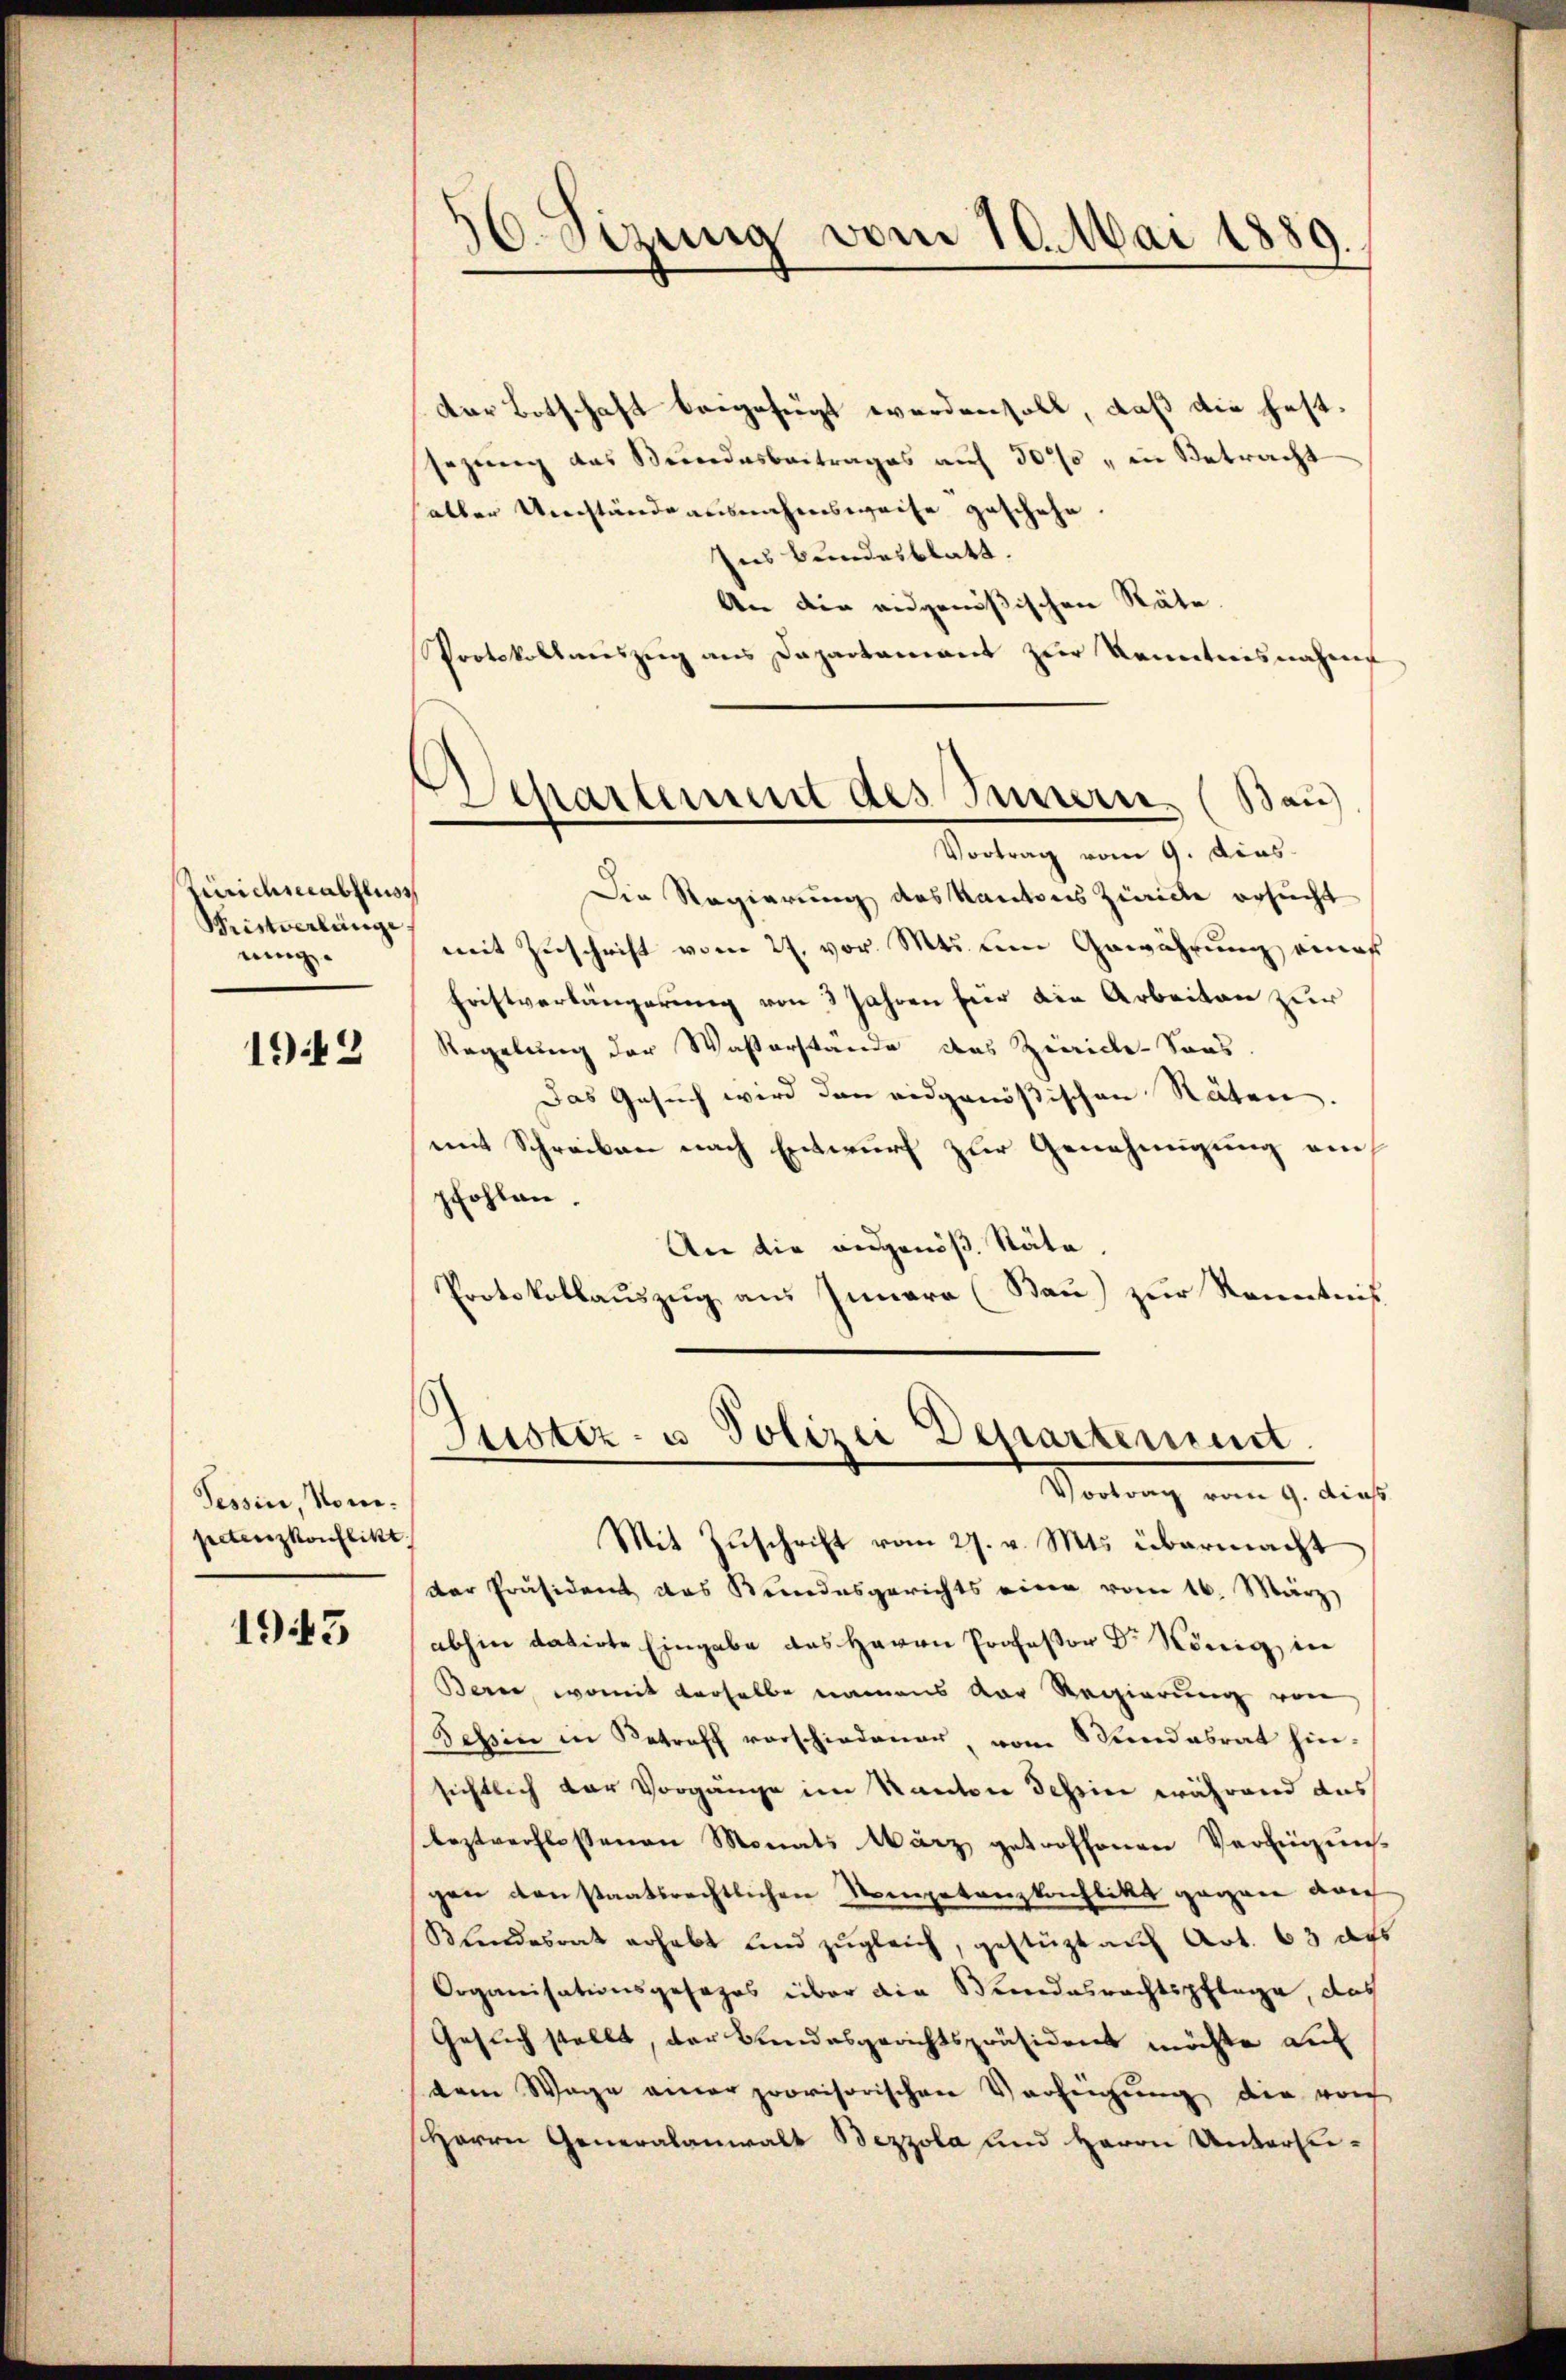
Zürichneeabfluss
Schristverlänge.
eing

1942

Tessin Nomipetenzkonflikt

1943

)
d.Sizung vom 10. Mai 1889.

¬
Separtement des Innern. (Bau)
Vortrag vom 9. dies

dor Botschaft beigefügt werden soll, daß die festsezŭng des Bŭndesbeitrages aŭf 30% " in Betracht
haller Umstände ausnahmsweise geschehe.
Ins Bundesblatt.
An die eidgenößischen Räte.
Protokollauszug aus Dapartament zŭr Kenntnisnahme
Die Regierung des Kantons Zwicke ersucht
mit Zuschrift vom 27. vor. Mts. um Gewährung eines
Fristverlängerung von 3 Jahren für die Arbeiten zur
Regelung der Wasserstande des Zwicke-Sous.
Das Gesuch wird den eidgenößischen Räten.
mit Schreiben nach Entwurf zur Genehmigung am
pfohlen.
An die ausgenöß. Räte
Protokollauszug aus Innere (Sau) zur Kenntniß

Justiz- u Polizei Departement.
Verrung vom 9. dies
Mit Zuschrift vom 27. v. Mts. übermacht

der Präsident das Kundesgerichts eine vom 16. März
abhin datirte Eingabe des Herrn Professor Dr. König, in
Bern, womit derselbe namens der Regierung von
Tessin in Betreff vorschiedenen, vom Stundesrat hin-
sichtlich der Vorgange im Kanton Tessin während das
leztverflossenen Monats März getroffenen Vereinzun-
gen danstaatsrechtlichen Nompetenzkonflikt gegen doch
Klendesrat erhebt und zŭgleich, gestützt aŭf Art. 63 des
Organisationsgesezes über die Bundesrechtspflege, das
Gesuch stellt, der Bundesgerichtspräsident möchte auf
dem Wage ander provisorischen Verzeigung die von
Herrn Generalanwalt Bezzola und Herrn Untersu¬